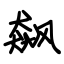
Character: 飙